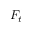
F _ { t }